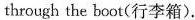
through the boot(行李箱).